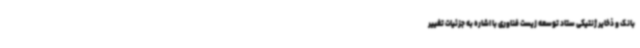
بانک و ذخایر ژنتیکی ستاد توسعه زیست فناوری با اشاره به جزئیات تغییر